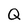
Character: Q